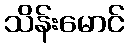
သိန်းမောင်